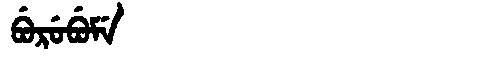
Manchu: ᠪᡠᡵᡠᠪᡠᠮᡝ
Romanization: BURUBUME